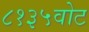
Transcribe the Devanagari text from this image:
८१३५वोट